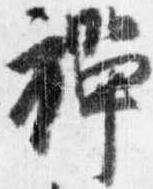
禅